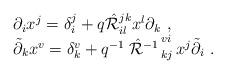
LaTeX: \begin{align*}\begin{array}{l}\partial_ix^j=\delta^j_i+q\hat{\cal R}^{jk}_{il}x^l\partial_k~,\\\tilde{\partial}_kx^v=\delta^v_k+q^{-1}\left.\hat{\cal R}^{-1}\right.^{vi}_{kj}x^j\tilde{\partial}_i~.\end{array}\end{align*}